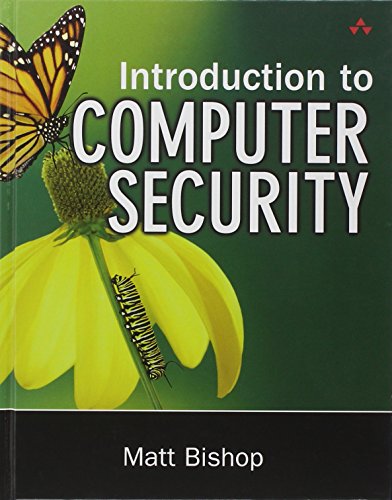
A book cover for Introduction to Computer Security; Matt Bishop; Computers & Technology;